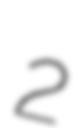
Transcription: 2